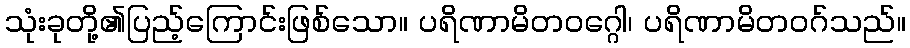
သုံးခုတို့၏ပြည့်ကြောင်းဖြစ်သော။ ပရိဏာမိတဝဂ္ဂေါ၊ ပရိဏာမိတဝဂ်သည်။